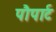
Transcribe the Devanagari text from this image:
पौपार्ट